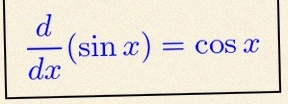
\frac{d}{dx}(\sin x)=\cos x